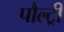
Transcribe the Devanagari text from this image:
पौल्ट्री